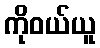
ကိုဝယ်ယူ